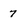
Character: 7